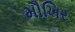
મૌખિર